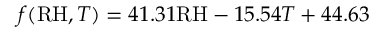
f ( \mathrm { R H } , T ) = 4 1 . 3 1 \mathrm { R H } - 1 5 . 5 4 T + 4 4 . 6 3